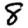
Digit: 8